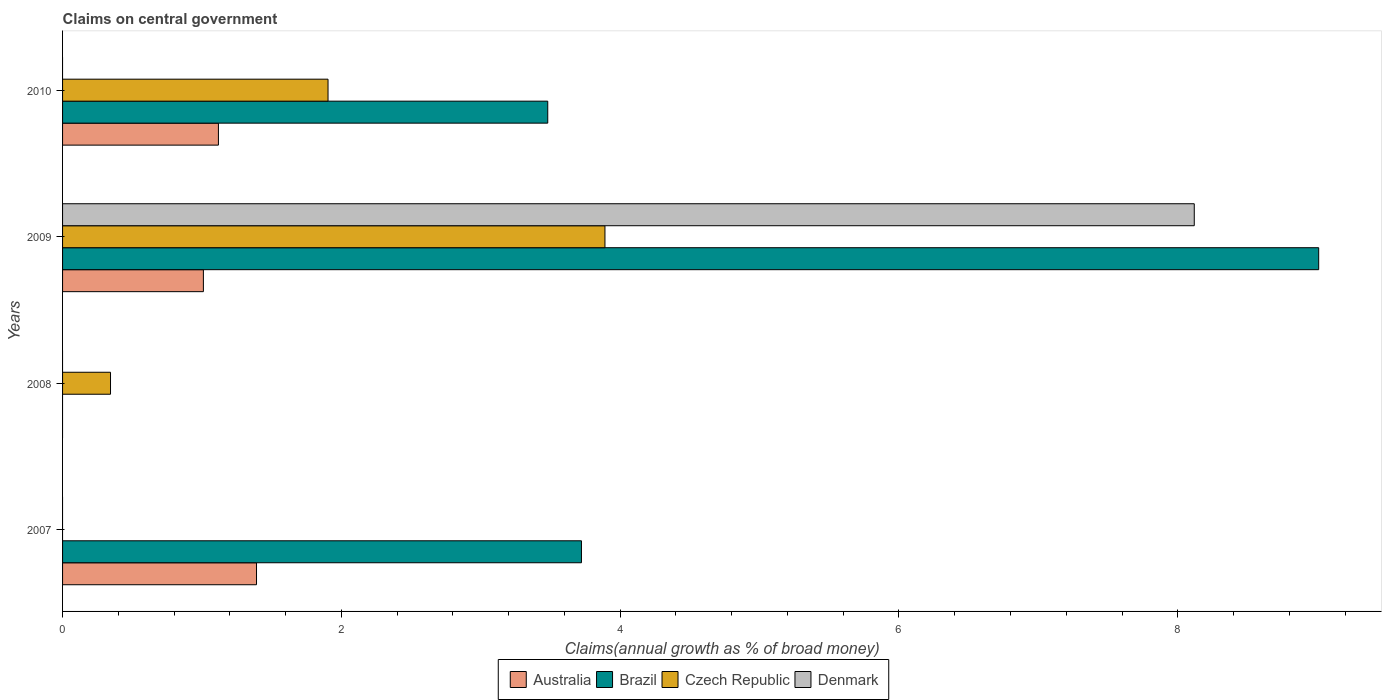
| Years | Australia | Brazil | Czech Republic | Denmark |
 | --- | --- | --- | --- | --- |
 | 2007 | 1.39 | 3.72 | -2.96 | -2.8 |
 | 2008 | -0.225 | -4.35 | 0.344 | -17.2 |
 | 2009 | 1.01 | 9.01 | 3.89 | 8.12 |
 | 2010 | 1.12 | 3.48 | 1.9 | -0.00513 |